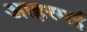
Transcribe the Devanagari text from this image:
आहरमई